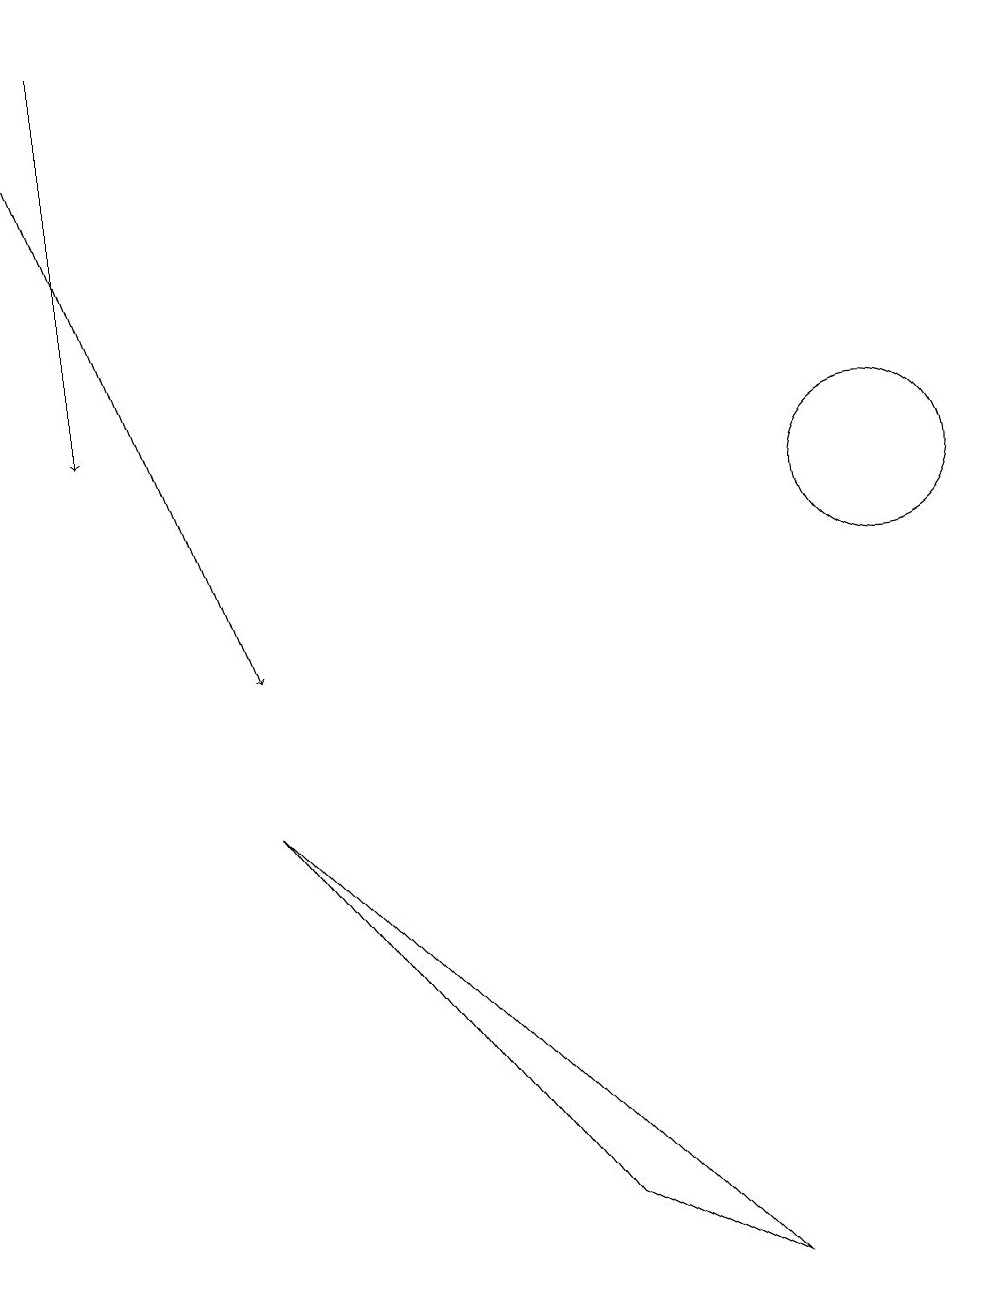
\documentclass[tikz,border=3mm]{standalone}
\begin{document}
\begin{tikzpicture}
\draw (11,12) circle (1);
\draw[->] (1,18) -- (1,13);
\draw (7,3) -- (3,8) -- (9,2) -- cycle;
\draw[->] (0,18) -- (3,10);
\draw (11,11) circle (0);
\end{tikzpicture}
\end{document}